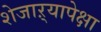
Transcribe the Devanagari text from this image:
शेजाऱ्यापेक्षा